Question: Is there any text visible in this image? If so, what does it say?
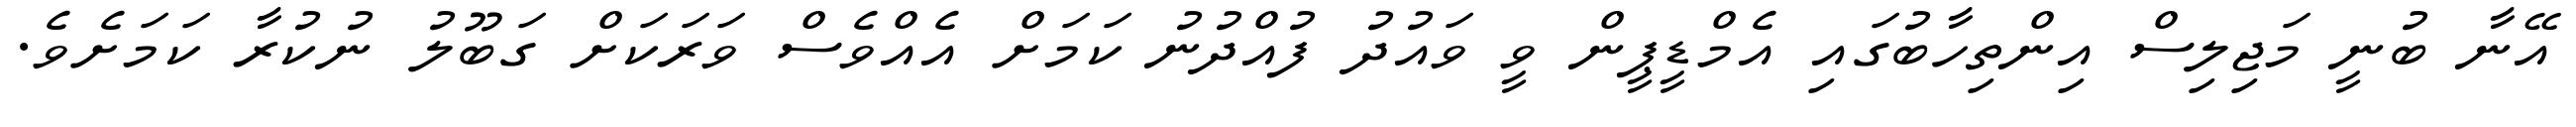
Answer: އޭނާ ބުނީ މަޖިލިސް އިންތިހާބުގައި އެމްޑީޕީން ވީ ވައުދު ފުއްދުނު ކަމަށް އެއްވެސް ވަރަކަށް ގަބޫލު ނުކުރާ ކަމަށެވެ.